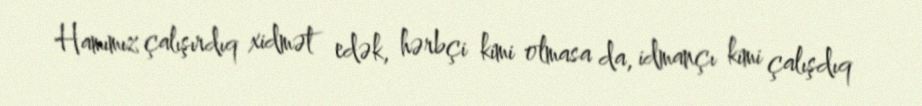
Hamımız çalışırdıq xidmət edək, hərbçi kimi olmasa da, idmançı kimi çalışdıq